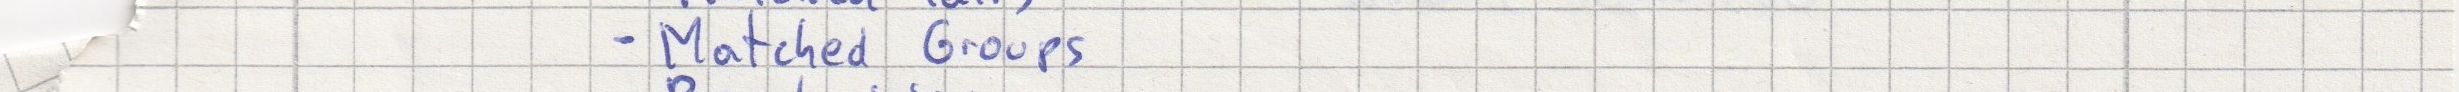
- Matched Groups